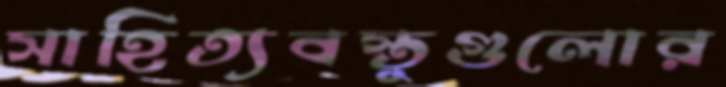
সাহিত্যবস্তুগুলোর